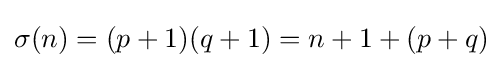
\sigma (n)=(p+1)(q+1)=n+1+(p+q)